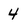
Character: 4